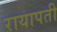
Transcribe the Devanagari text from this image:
रायापती